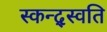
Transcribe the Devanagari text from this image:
स्कन्द्स्वति